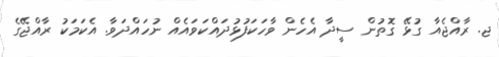
ޖ. ރާއްޖެއާ ގުޅޭ ގޮތުން ސީދާ އެހެން ވާހަކަފުޅުދައްކަވައެއް ނުހައްދަވާ. އެކަމަކު ރާއްޖޭގެ